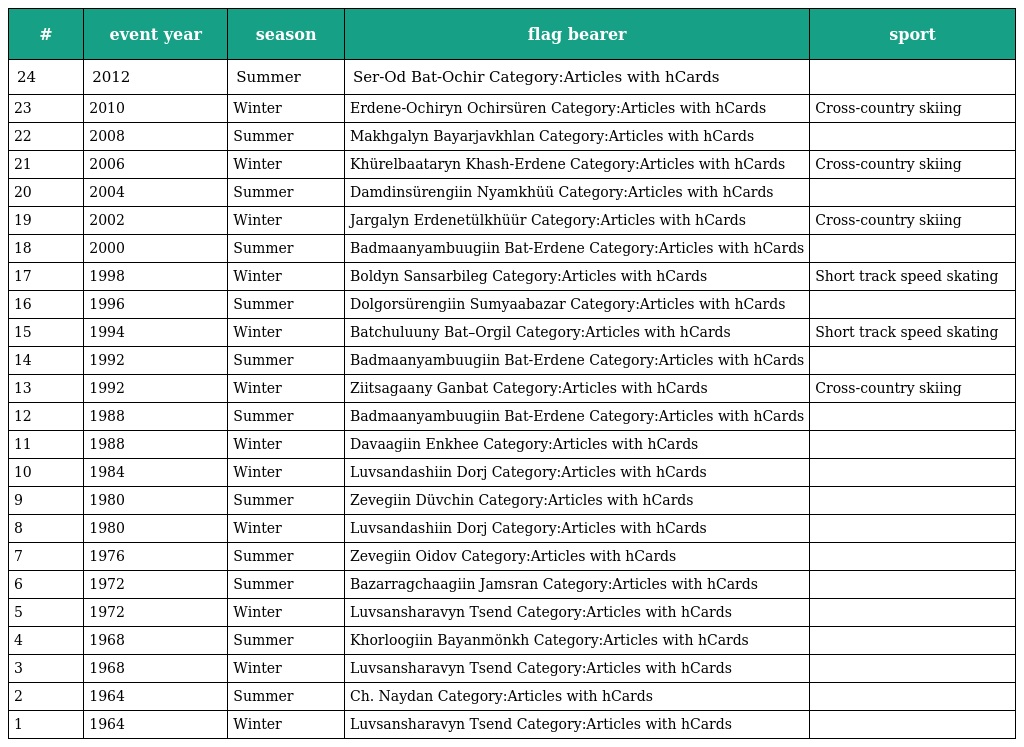
| # | event year | season | flag bearer | sport |
 | --- | --- | --- | --- | --- |
 | 24 | 2012 | Summer | Ser-Od Bat-Ochir Category:Articles with hCards |  |
 | 23 | 2010 | Winter | Erdene-Ochiryn Ochirsüren Category:Articles with hCards | Cross-country skiing |
 | 22 | 2008 | Summer | Makhgalyn Bayarjavkhlan Category:Articles with hCards |  |
 | 21 | 2006 | Winter | Khürelbaataryn Khash-Erdene Category:Articles with hCards | Cross-country skiing |
 | 20 | 2004 | Summer | Damdinsürengiin Nyamkhüü Category:Articles with hCards |  |
 | 19 | 2002 | Winter | Jargalyn Erdenetülkhüür Category:Articles with hCards | Cross-country skiing |
 | 18 | 2000 | Summer | Badmaanyambuugiin Bat-Erdene Category:Articles with hCards |  |
 | 17 | 1998 | Winter | Boldyn Sansarbileg Category:Articles with hCards | Short track speed skating |
 | 16 | 1996 | Summer | Dolgorsürengiin Sumyaabazar Category:Articles with hCards |  |
 | 15 | 1994 | Winter | Batchuluuny Bat–Orgil Category:Articles with hCards | Short track speed skating |
 | 14 | 1992 | Summer | Badmaanyambuugiin Bat-Erdene Category:Articles with hCards |  |
 | 13 | 1992 | Winter | Ziitsagaany Ganbat Category:Articles with hCards | Cross-country skiing |
 | 12 | 1988 | Summer | Badmaanyambuugiin Bat-Erdene Category:Articles with hCards |  |
 | 11 | 1988 | Winter | Davaagiin Enkhee Category:Articles with hCards |  |
 | 10 | 1984 | Winter | Luvsandashiin Dorj Category:Articles with hCards |  |
 | 9 | 1980 | Summer | Zevegiin Düvchin Category:Articles with hCards |  |
 | 8 | 1980 | Winter | Luvsandashiin Dorj Category:Articles with hCards |  |
 | 7 | 1976 | Summer | Zevegiin Oidov Category:Articles with hCards |  |
 | 6 | 1972 | Summer | Bazarragchaagiin Jamsran Category:Articles with hCards |  |
 | 5 | 1972 | Winter | Luvsansharavyn Tsend Category:Articles with hCards |  |
 | 4 | 1968 | Summer | Khorloogiin Bayanmönkh Category:Articles with hCards |  |
 | 3 | 1968 | Winter | Luvsansharavyn Tsend Category:Articles with hCards |  |
 | 2 | 1964 | Summer | Ch. Naydan Category:Articles with hCards |  |
 | 1 | 1964 | Winter | Luvsansharavyn Tsend Category:Articles with hCards |  |